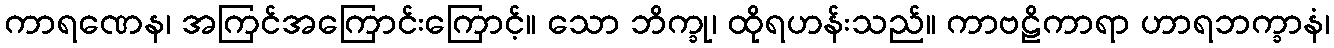
ကာရဏေန၊ အကြင်အကြောင်းကြောင့်။ သော ဘိက္ခု၊ ထိုရဟန်းသည်။ ကာဗဠိကာရာ ဟာရဘက္ခာနံ၊